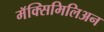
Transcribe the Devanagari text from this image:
मॅक्सिमिलिअन